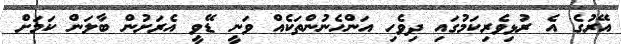
އޭރުގެ އެ ރުޅިވެރިކަމުގައި ދިވެހި އަންހެނުންތަކެއް ވަނީ ޑޭވީ އެރަށުން ބާލަން ކަމަށް